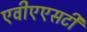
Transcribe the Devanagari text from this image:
एवीएएसटी